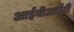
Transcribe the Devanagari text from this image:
आईबीआईटी